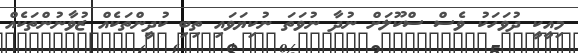
މިއީކީ ދުވަހަކު ވެސް ސްކޫލަށް ނުދާ ނުވަތަ ނުކިޔަވައި ތިބި ކުދީންތަކެއް ޒުވާނުންތަކެއް